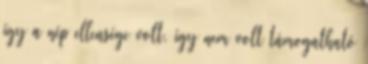
így a nép ellensége volt, így nem volt támogatható